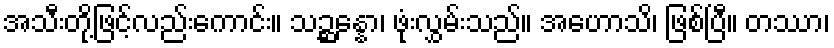
အသီးတို့ဖြင့်လည်းကောင်း။ သဉ္ဆန္နော၊ ဖုံးလွှမ်းသည်။ အဟောသိ၊ ဖြစ်ပြီ။ တဿာ၊